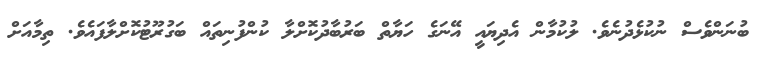
ބުނަންވެސް ނުކުޅެދުނެވެ. ލުކުމާން އެދިޔައީ އޭނަގެ ހަޔާތް ބަރުބާދުކޮށްލާ ކުންފުނިތައް ބަގުރޫޓުކޮށްލާފައެވެ. ތިމާއަށް